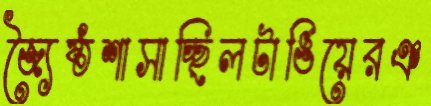
জ্যৈষ্ঠশাসাচ্ছিলটাঙিয়েরঞ